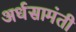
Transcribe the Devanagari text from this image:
अर्धसामंती